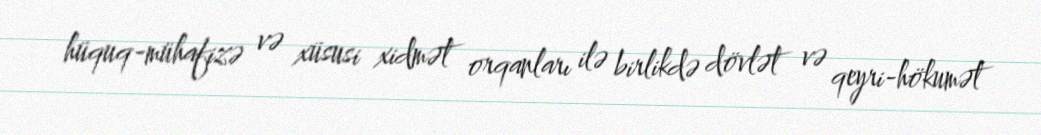
hüquq-mühafizə və xüsusi xidmət orqanları ilə birlikdə dövlət və qeyri-hökumət